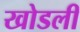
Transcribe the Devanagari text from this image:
खोडली